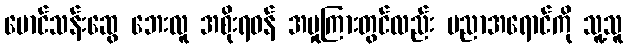
မောင်သန်းဆွေ ဘေးလူ အစိုးရဝန် အမှုကြားတွင်လည်း ပညာအရောင်ကို သူ့သူ